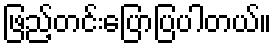
ဖြည့်တင်းပြောပြပါတယ်။